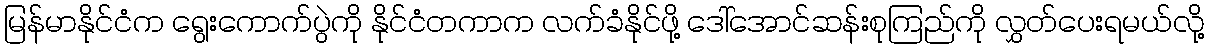
မြန်မာနိုင်ငံက ရွေးကောက်ပွဲကို နိုင်ငံတကာက လက်ခံနိုင်ဖို့ ဒေါ်အောင်ဆန်းစုကြည်ကို လွှတ်ပေးရမယ်လို့